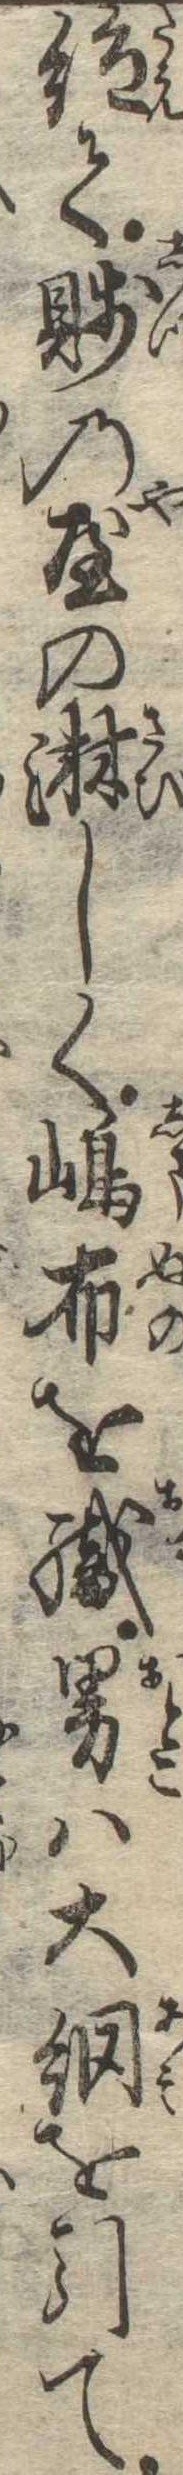
絶て賎の屋の淋しく島布を織男は大網を引て